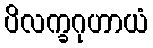
ပိလက္ခဂုဟာယံ